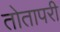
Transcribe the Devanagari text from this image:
तोतापरी